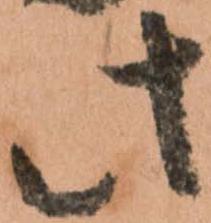
此